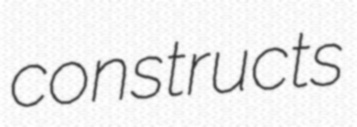
constructs